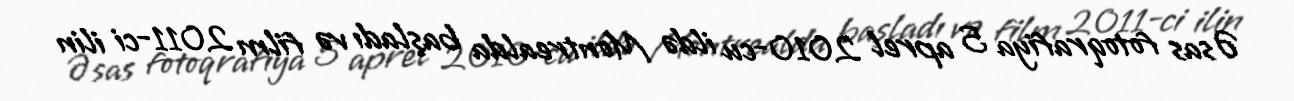
Əsas fotoqrafiya 5 aprel 2010-cu ildə Montrealda başladı və film 2011-ci ilin